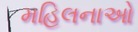
મહિલનાઓ